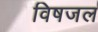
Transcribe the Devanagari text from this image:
विषजल